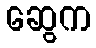
ဆွေက